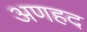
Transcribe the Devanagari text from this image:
अणहद